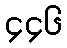
၄၄၆